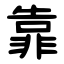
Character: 靠